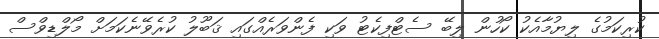
ކުރިކަމުގެ ލިޔުމާއެކު ކޯހުން ލިބޭ ސެޓްފިކެޓު ވަކި ފެންވަރެއްގައި ޤަބޫލު ކުރެވޭނެކަމަށް މޯލްޑިވްސް